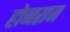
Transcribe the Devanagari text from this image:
होनराज